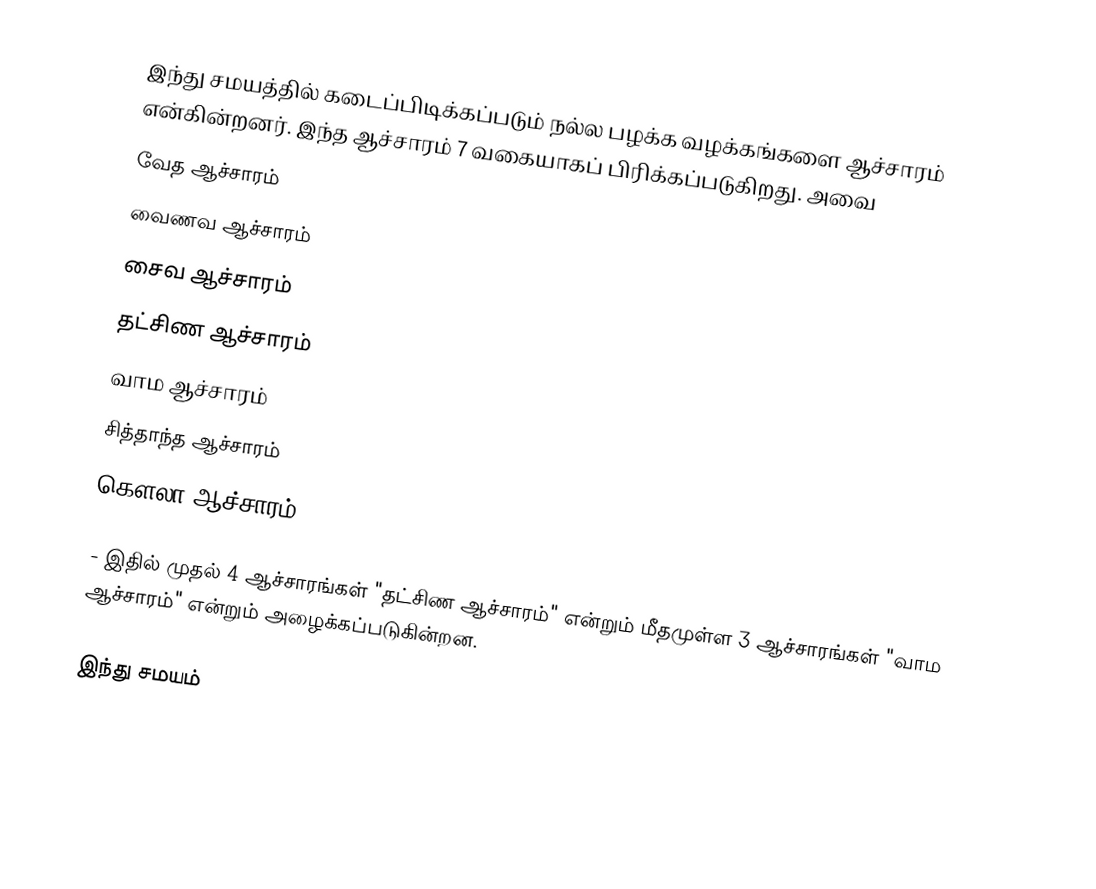
இந்து சமயத்தில் கடைப்பிடிக்கப்படும் நல்ல பழக்க வழக்கங்களை ஆச்சாரம் என்கின்றனர். இந்த ஆச்சாரம் 7 வகையாகப் பிரிக்கப்படுகிறது. அவை
வேத ஆச்சாரம்
வைணவ ஆச்சாரம்
சைவ ஆச்சாரம்
தட்சிண ஆச்சாரம்
வாம ஆச்சாரம்
சித்தாந்த ஆச்சாரம்
கௌலா ஆச்சாரம்

- இதில் முதல் 4 ஆச்சாரங்கள் "தட்சிண ஆச்சாரம்" என்றும் மீதமுள்ள 3 ஆச்சாரங்கள் "வாம ஆச்சாரம்" என்றும் அழைக்கப்படுகின்றன.

 இந்து சமயம்